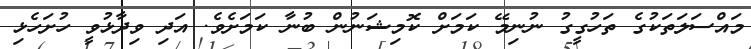
މައްސަލަތަކުގެ ތަހުގީގު ނުނިމޭ ކަމަށް ކޮމިޝަނުން ބުނާ ކަމަށެވެ. އަދި ވިދާޅުވީ ހުށަހެޅި